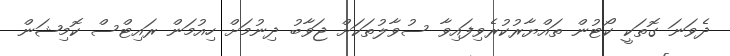
ދެވަނަ ގޮތަކީ ކޯޓުން ތައްޔާރުކުރެވިފައިވާ ސުވާލުތަކަށް ޖަވާބު ދިނުމަށް ހިއުމަން ރައިޓްސް ކޮމިޝަން